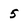
Character: 5